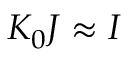
{ \cal K } _ { 0 } { \cal J } \approx { \cal I }